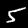
Digit: 5